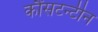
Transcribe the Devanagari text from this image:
कौंसटन्टीन